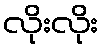
လိုးလိုး